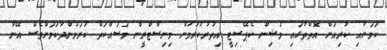
ކަމަށާއި ކުރިއަށް އޮތްތާގައި މެޝިން ކެޕޭސިޓީ އިތުރުކުރުމަށް މިނިސްޓްރީން މަސައްކަތް ކުރަމުންދާކަމަށްވެސް އޭނާ